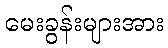
မေးခွန်းများအား